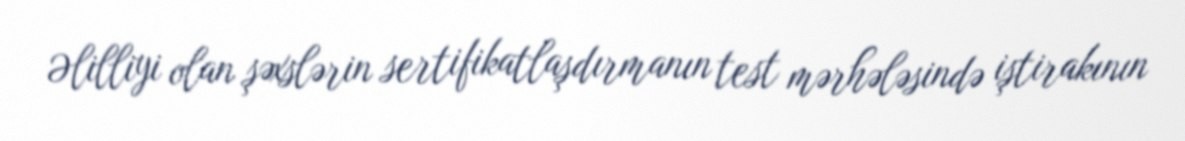
Əlilliyi olan şəxslərin sertifikatlaşdırmanın test mərhələsində iştirakının